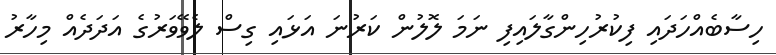
ހިސާބެއްހަދައި ފިކުރުހިންގާލައިފި ނަމަ ލޮލުން ކަރުނަ އަޅައި ގިސް ލެވޭވަރުގެ އަދަދެއް މިހާރު